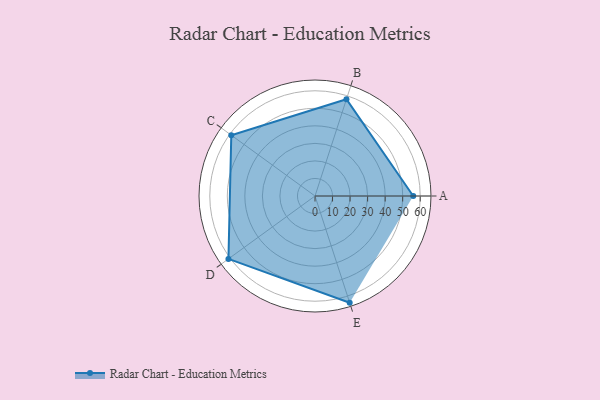
{"axis": {"x": "Skill", "y": "Score"}, "legend": ["Profile"], "data": [{"x": "A", "y": 56.0, "type": "Profile"}, {"x": "B", "y": 58.0, "type": "Profile"}, {"x": "C", "y": 59.0, "type": "Profile"}, {"x": "D", "y": 61.0, "type": "Profile"}, {"x": "E", "y": 64.0, "type": "Profile"}]}